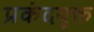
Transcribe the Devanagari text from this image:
प्रकंदयुक्त